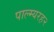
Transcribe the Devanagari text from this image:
पाल्म्यरह२